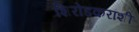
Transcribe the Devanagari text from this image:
शिरोडकरांशी